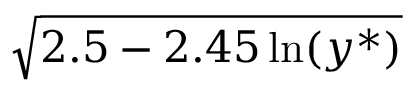
\sqrt { 2 . 5 - 2 . 4 5 \ln ( y ^ { \ast } ) }